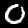
Label: 0